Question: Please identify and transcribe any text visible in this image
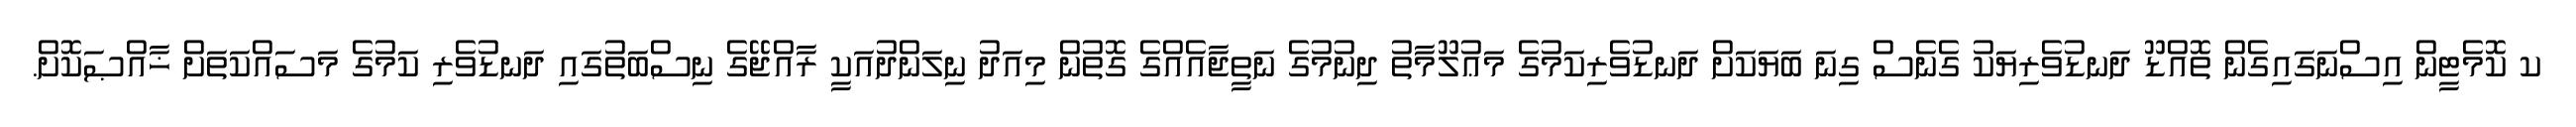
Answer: ކ ކޮމެޓީން އިސްނަގައިގެން ތޮއްޑޫ ދަނޑުވެރިޔަކު ގެނެސް ގިނަ ބަޔަކަށް ދަނޑުވެރިކަމުގެ މަޢުލޫމާތު ދިނުމުގެ ނަތީޖާއެއްގެ ގޮތުން މިއަދު ނިލަންދުއަކީ ރާއްޖޭގެ ނިސްބަތުގައި ދަނޑުވެރި ކަމުގެ މަސައްކަތަށް ޚާއްޞަކޮށް.